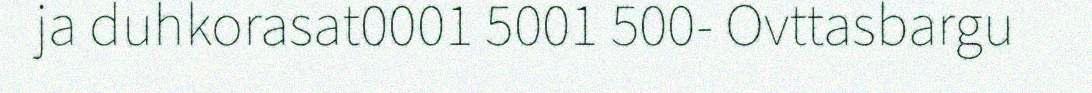
ja duhkorasat0001 5001 500- Ovttasbargu